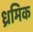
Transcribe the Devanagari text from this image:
ध्रमिक